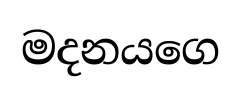
මදනයගෙ